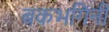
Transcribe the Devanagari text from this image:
बकभगिनी